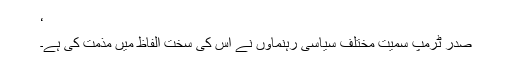
‘
صدر ٹرمپ سمیت مختلف سیاسی رہنماؤں نے اس کی سخت الفاظ میں مذمت کی ہے۔